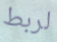
لربط